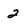
Character: 2